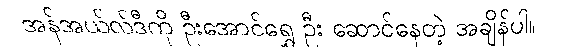
အန်အယ်လ်ဒီကို ဦးအောင်ရွှေ ဦး ဆောင်နေတဲ့ အချိန်ပါ။